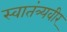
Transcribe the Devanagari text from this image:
स्‍वातंत्र्यवीर